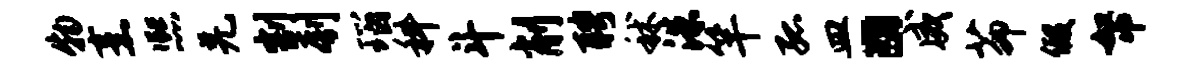
物烹熙羌割刳瑙科斗削聘秫洙竿孤皿。威茆假帑